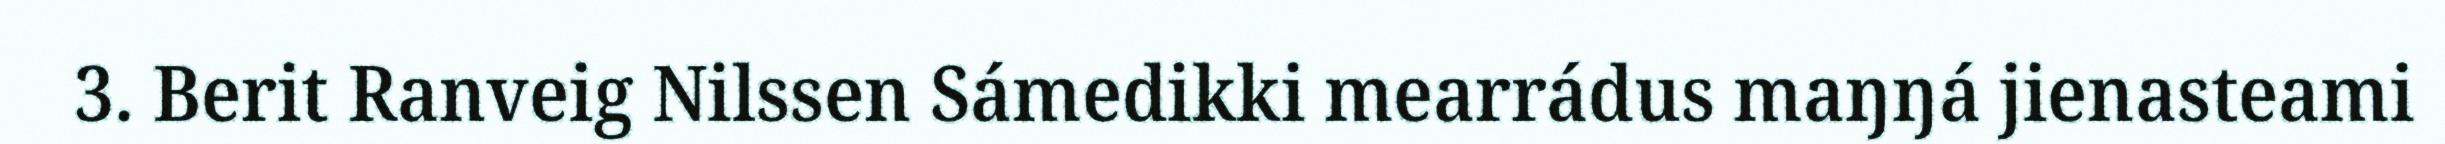
3. Berit Ranveig Nilssen Sámedikki mearrádus maŋŋá jienasteami